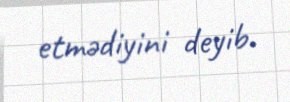
etmədiyini deyib.